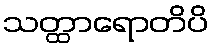
သတ္ထာရောတိပိ